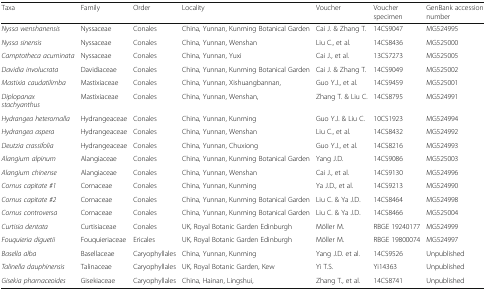
<table><thead><tr><td><b>Taxa</b></td><td><b>Family</b></td><td><b>Order</b></td><td><b>Locality</b></td><td><b>Voucher</b></td><td><b>Voucher specimen</b></td><td><b>GenBank accession number</b></td></tr></thead><tbody><tr><td><i>Nyssa wenshanensis</i></td><td>Nyssaceae</td><td>Conales</td><td>China, Yunnan, Kunming Botanical Garden</td><td>Cai J. &amp; Zhang T.</td><td>14CS9047</td><td>MG524995</td></tr><tr><td><i>Nyssa sinensis</i></td><td>Nyssaceae</td><td>Conales</td><td>China, Yunnan, Wenshan</td><td>Liu C., et al.</td><td>14CS8436</td><td>MG525000</td></tr><tr><td><i>Camptotheca acuminata</i></td><td>Nyssaceae</td><td>Conales</td><td>China, Yunnan, Yuxi</td><td>Cai J., et al.</td><td>13CS7273</td><td>MG525005</td></tr><tr><td><i>Davidia involucrata</i></td><td>Davidiaceae</td><td>Conales</td><td>China, Yunnan, Kunming Botanical Garden</td><td>Cai J. &amp; Zhang T.</td><td>14CS9049</td><td>MG525002</td></tr><tr><td><i>Mastixia caudatilimba</i></td><td>Mastixiaceae</td><td>Conales</td><td>China, Yunnan, Xishuangbannan,</td><td>Guo Y.J., et al.</td><td>14CS9459</td><td>MG525001</td></tr><tr><td><i>Diplopanax stachyanthus</i></td><td>Mastixiaceae</td><td>Conales</td><td>China, Yunnan, Wenshan,</td><td>Zhang T. &amp; Liu C.</td><td>14CS8795</td><td>MG524991</td></tr><tr><td><i>Hydrangea heteromalla</i></td><td>Hydrangeaceae</td><td>Conales</td><td>China, Yunnan, Kunming</td><td>Guo Y.J. &amp; Liu C.</td><td>10CS1923</td><td>MG524994</td></tr><tr><td><i>Hydrangea aspera</i></td><td>Hydrangeaceae</td><td>Conales</td><td>China, Yunnan, Wenshan</td><td>Liu C., et al.</td><td>14CS8432</td><td>MG524992</td></tr><tr><td><i>Deutzia crassifolia</i></td><td>Hydrangeaceae</td><td>Conales</td><td>China, Yunnan, Chuxiong</td><td>Guo Y.J., et al.</td><td>14CS8216</td><td>MG524993</td></tr><tr><td><i>Alangium alpinum</i></td><td>Alangiaceae</td><td>Conales</td><td>China, Yunnan, Kunming Botanical Garden</td><td>Yang J.D.</td><td>14CS9086</td><td>MG525003</td></tr><tr><td><i>Alangium chinense</i></td><td>Alangiaceae</td><td>Conales</td><td>China, Yunnan, Wenshan</td><td>Cai J., et al.</td><td>14CS9130</td><td>MG524996</td></tr><tr><td><i>Cornus capitate #1</i></td><td>Cornaceae</td><td>Conales</td><td>China, Yunnan, Kunming</td><td>Ya J.D., et al.</td><td>14CS9213</td><td>MG524990</td></tr><tr><td><i>Cornus capitate #2</i></td><td>Cornaceae</td><td>Conales</td><td>China, Yunnan, Kunming Botanical Garden</td><td>Liu C. &amp; Ya J.D.</td><td>14CS8464</td><td>MG524998</td></tr><tr><td><i>Cornus controversa</i></td><td>Cornaceae</td><td>Conales</td><td>China, Yunnan, Kunming Botanical Garden</td><td>Liu C. &amp; Ya J.D.</td><td>14CS8466</td><td>MG525004</td></tr><tr><td><i>Curtisia dentata</i></td><td>Curtisiaceae</td><td>Conales</td><td>UK, Royal Botanic Garden Edinburgh</td><td>Möller M.</td><td>RBGE 19240177</td><td>MG524999</td></tr><tr><td><i>Fouquieria diguetii</i></td><td>Fouquieriaceae</td><td>Ericales</td><td>UK, Royal Botanic Garden Edinburgh</td><td>Möller M.</td><td>RBGE 19800074</td><td>MG524997</td></tr><tr><td><i>Basella alba</i></td><td>Basellaceae</td><td>Caryophyllales</td><td>China, Yunnan, Kunming</td><td>Yang J.D. et al.</td><td>14CS9526</td><td>Unpublished</td></tr><tr><td><i>Talinella dauphinensis</i></td><td>Talinaceae</td><td>Caryophyllales</td><td>UK, Royal Botanic Garden, Kew</td><td>Yi T.S.</td><td>Yi14363</td><td>Unpublished</td></tr><tr><td><i>Gisekia pharnaceoides</i></td><td>Gisekiaceae</td><td>Caryophyllales</td><td>China, Hainan, Lingshui,</td><td>Zhang T., et al.</td><td>14CS8741</td><td>Unpublished</td></tr></tbody></table>